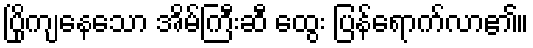
ပြိုကျနေသော အိမ်ကြီးဆီ ထွေး ပြန်ရောက်လာ၏။